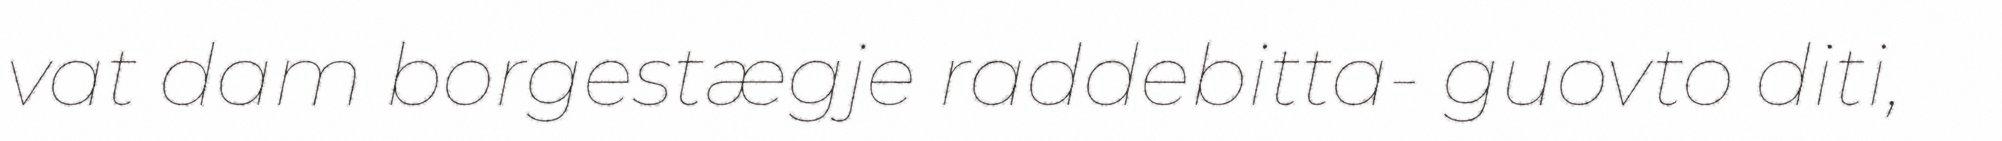
vat dam borgestægje raddebitta- guovto diti,